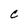
Character: C